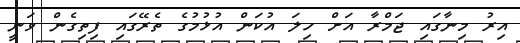
އިރު މިނާގައި ޖަމްރާ އަށް ހިލަ އުކަން އުޅުމުގެ ތެރޭގައި ފިތިގެން ވަނީ